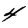
Digit: 4